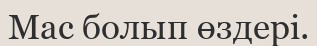
Мас болып өздерi.